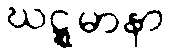
ဃဋ္ဋမာနာ